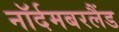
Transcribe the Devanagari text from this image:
नॉर्दमबरलैंड